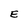
Character: E